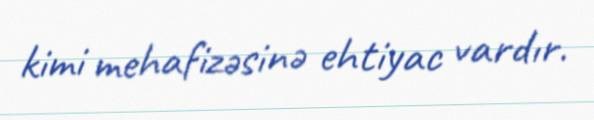
kimi mehafizəsinə ehtiyac vardır.